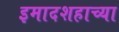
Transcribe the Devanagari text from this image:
इमादशहाच्या